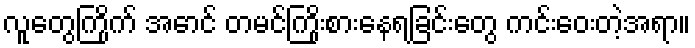
လူတွေကြိုက် အောင် တမင်ကြိုးစားနေရခြင်းတွေ ကင်းဝေးတဲ့အရာ။